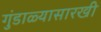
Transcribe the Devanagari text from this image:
गुंडाळ्यासारखी